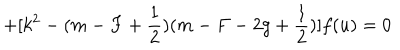
LaTeX: + [ k ^ { 2 } - ( m - F + \frac 1 2 ) ( m - F - 2 g + \frac 1 2 ) ] f ( u ) = 0